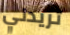
تريدني